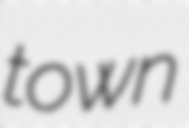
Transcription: town